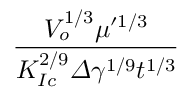
\frac { V _ { o } ^ { 1 / 3 } \mu ^ { \prime 1 / 3 } } { K _ { I c } ^ { 2 / 9 } \varDelta \gamma ^ { 1 / 9 } t ^ { 1 / 3 } }